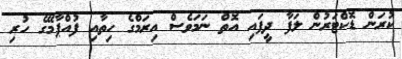
ކުރަން ޑޮކްޓަރުން ލަފާ ދީފައި އޮތް ނަމަވެސް އިރަމްގެ ހިތާއި ފުއްޕާމޭގެ ހުރި